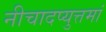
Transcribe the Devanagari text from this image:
नीचादप्युत्तमां